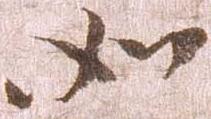
如